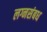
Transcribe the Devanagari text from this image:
लग्नसंबध